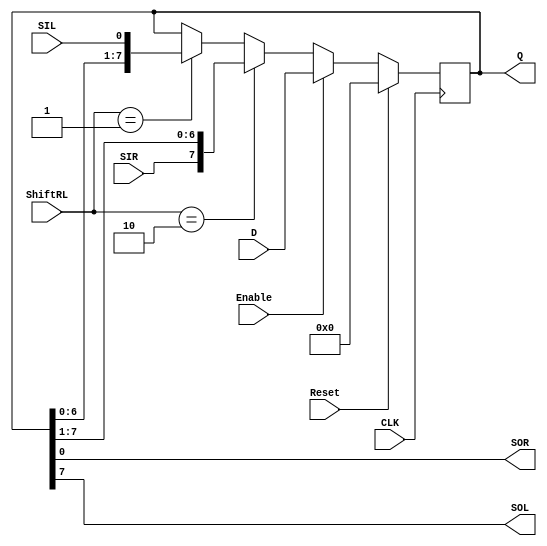
module SHIFTREG8(CLK, Reset, Enable, ShiftRL, SIR, SIL, SOR, SOL, D, Q);

input CLK, Enable, Reset;

input [1:0] ShiftRL;

input SIR, SIL;
output SOR, SOL;

wire SOR, SOL;

input [7:0] D;
output reg [7:0] Q;

always @(posedge CLK)
begin	
	if (Reset)
		Q <= 8'b0;
	else
		if (Enable)
			Q <= D;
		else if (ShiftRL == 2'b10) // Shift Right
			{Q} <= {SIR, Q[7:1]};
		else if (ShiftRL == 2'b01) // Shift Left
			{Q} <= {Q[6:0], SIL};
end

assign SOR = Q[0];
assign SOL = Q[7];

endmodule